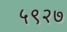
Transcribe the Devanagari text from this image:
५९२७